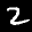
Label: 2